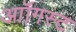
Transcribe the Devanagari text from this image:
आॉगस्ट